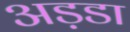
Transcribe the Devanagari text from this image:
अड़डा